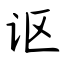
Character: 讴